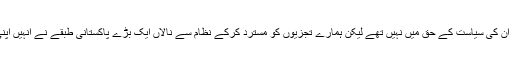
ہم جیسے چند طالب علم ان کی سیاست کے حق میں نہیں تھے لیکن ہمارے تجزیوں کو مسترد کرکے نظام سے نالاں ایک بڑے پاکستانی طبقے نے انہیں اپنی امیدوں کا مرکز بنالیا۔